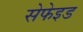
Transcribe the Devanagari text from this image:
सेफेइड